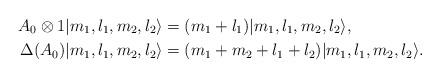
LaTeX: \begin{align*} A_0\otimes 1 |m_1,l_1,m_2,l_2\rangle &= (m_1 + l_1)|m_1,l_1,m_2,l_2\rangle,\\ \Delta(A_0)|m_1,l_1,m_2,l_2\rangle &= (m_1 + m_2 + l_1 + l_2)|m_1,l_1,m_2,l_2\rangle. \end{align*}